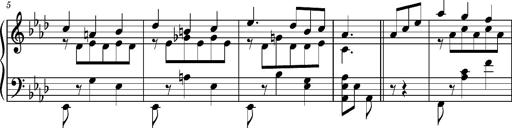
Title: Album-leaf 'Weimar II', S.166c
Composer: Franz Liszt
Key: A-flat major